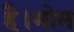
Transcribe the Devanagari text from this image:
है।मोम